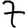
Digit: 7